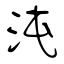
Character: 沌